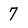
Character: 7